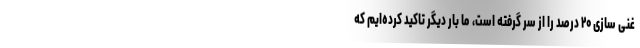
غنی سازی ۲۰ درصد را از سر گرفته است، ما بار دیگر تاکید کرده‌ایم که